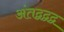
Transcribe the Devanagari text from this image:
अंतद्वद्वद्व